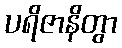
ပရိဇာနိတွာ